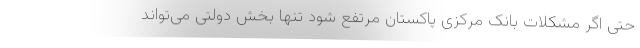
حتی اگر مشکلات بانک مرکزی پاکستان مرتفع شود تنها بخش دولتی می‌تواند